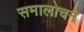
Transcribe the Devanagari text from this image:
समालोचने